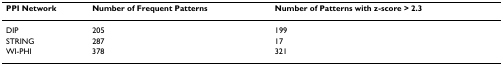
<table><thead><tr><td><b>PPI Network</b></td><td><b>Number of Frequent Patterns</b></td><td><b>Number of Patterns with z-score &gt; 2.3</b></td></tr></thead><tbody><tr><td>DIP</td><td>205</td><td>199</td></tr><tr><td>STRING</td><td>287</td><td>17</td></tr><tr><td>WI-PHI</td><td>378</td><td>321</td></tr></tbody></table>